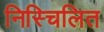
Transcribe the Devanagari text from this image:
निस्चिलित